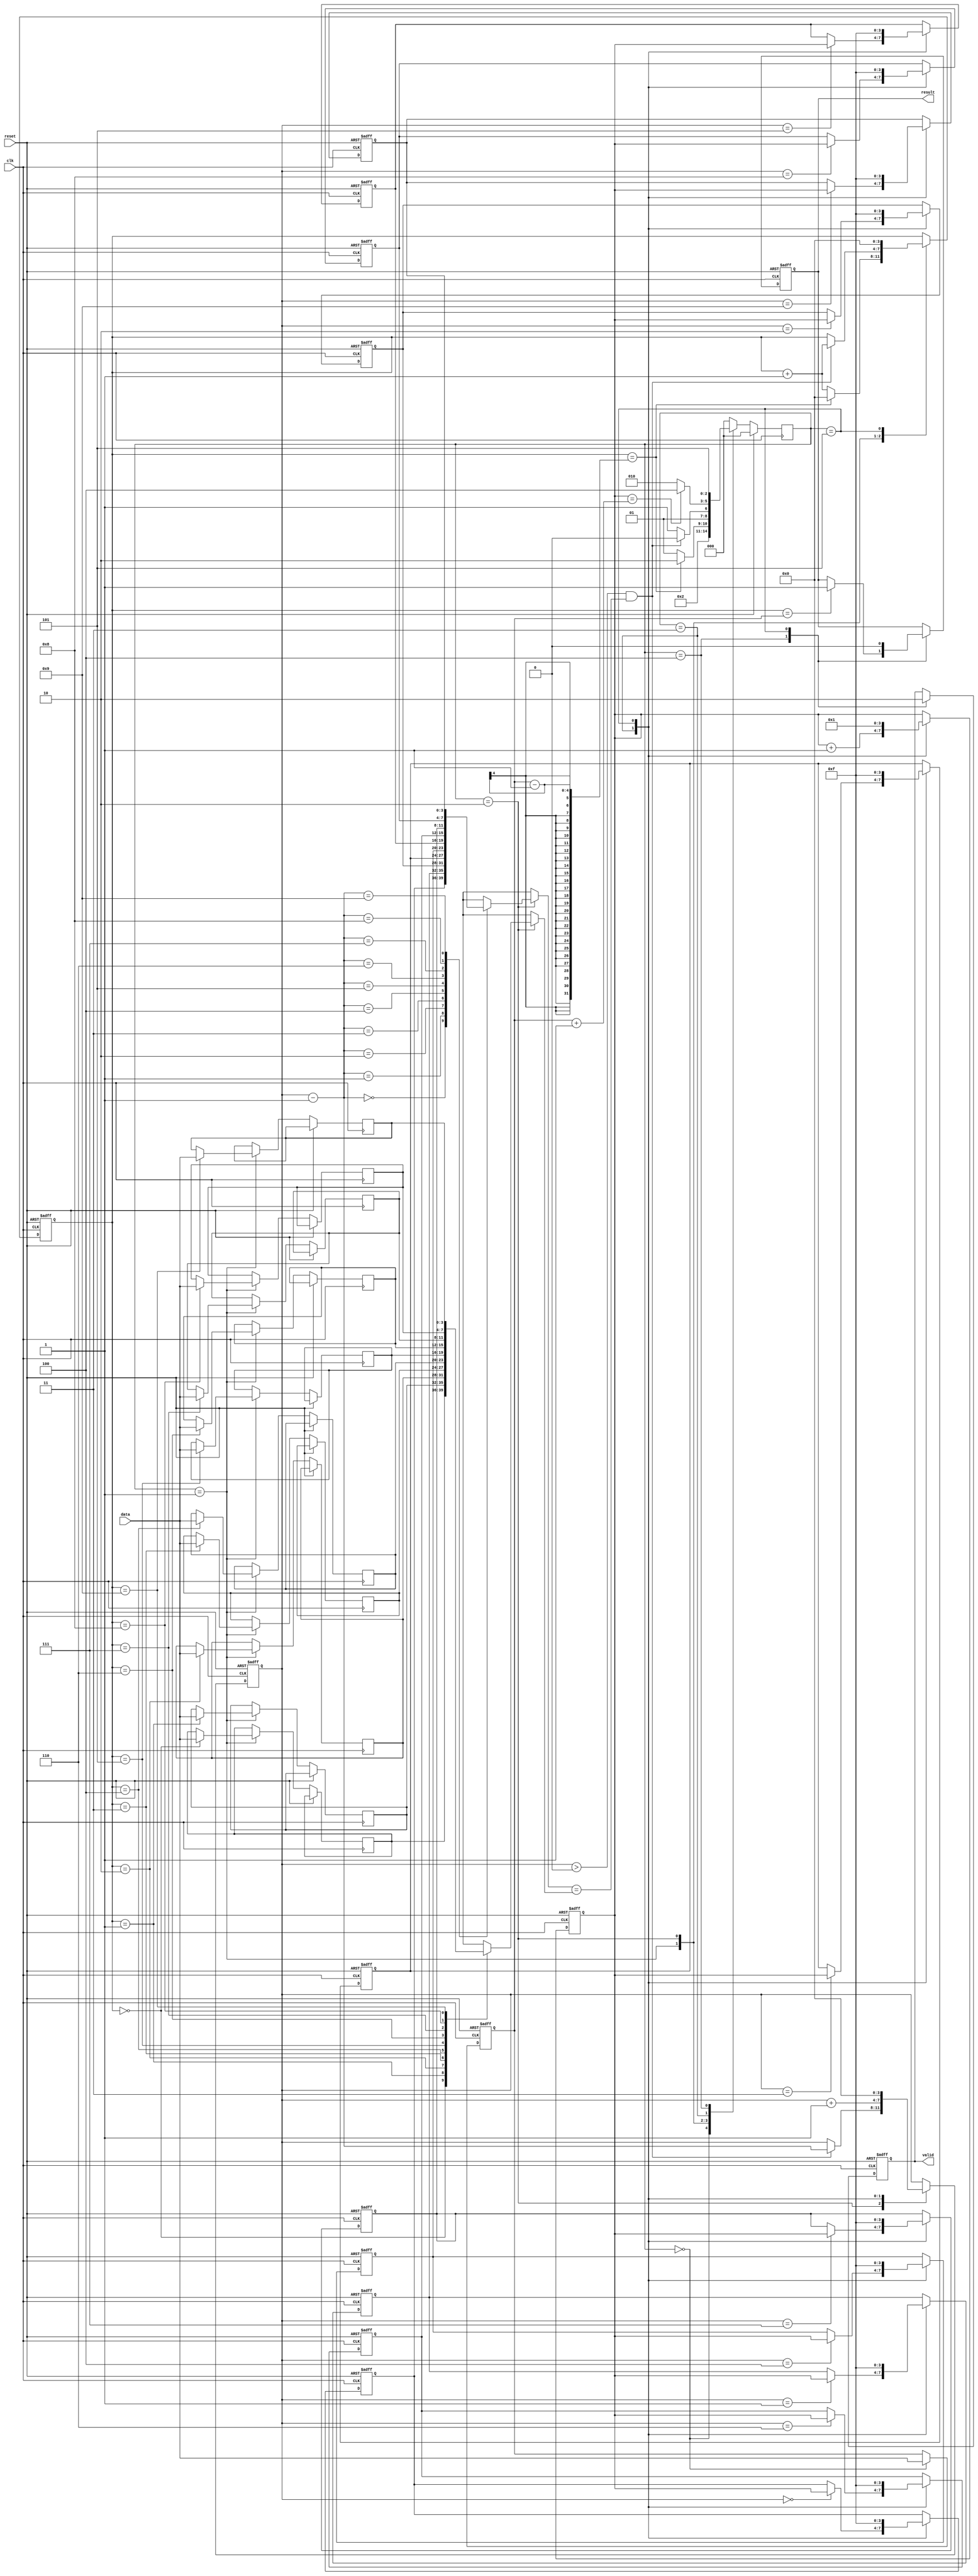
module rails(clk, reset, data, valid, result);

input        clk;
input        reset;
input  [3:0] data;
output       valid;
output       result; 

localparam NUMBER_IN = 3'd0;
localparam DATA_IN = 3'd1;
localparam STATION_POP = 3'd2;
localparam STATION_PUSH = 3'd3;
localparam OUT = 3'd4;
localparam WAIT = 3'd5;

reg result, valid;
reg [2:0] state, nextState;
reg [3:0] num;
reg [3:0] index, station_index, sequence_index;
reg [3:0] station [0:9];//station stack
reg [3:0] order [0:9];//input order

wire [3:0] station_index_minus_one = station_index - 4'd1;

integer i;

always @(*) begin
    case(state)
        NUMBER_IN:begin
            nextState = DATA_IN;
        end
        DATA_IN:begin
            if(index == num - 1) nextState = STATION_POP;
            else nextState = DATA_IN;
        end
        STATION_POP:begin
            if((station_index > 4'd0) && (station[station_index_minus_one] == order[index])) nextState = STATION_POP;
            else nextState = STATION_PUSH;
        end
        STATION_PUSH:begin
            if(sequence_index == num + 1) nextState = OUT;
            else nextState = STATION_POP;
        end
        OUT:begin
            nextState = WAIT;
        end
        default:begin
            nextState = NUMBER_IN;
        end
    endcase
end

always @(posedge clk) begin
    if(reset) state <= NUMBER_IN;
    else state <= nextState;
end

always @(posedge clk or posedge reset) begin
    if(reset)begin
        for(i = 0; i < 10; i = i + 1) station[i] <= 4'b1111;
        valid <= 1'b0;
        result <= 1'b0;
        num <= 4'd0;
        index <= 4'd0;
        station_index <= 4'd0;
        sequence_index <= 4'd1;
    end
    else begin
        case(state)
            NUMBER_IN:begin//read number
                num <= data;
            end
            DATA_IN:begin//read data
                order[index] <= data;
                if(index == num - 1) index <= 4'd0;
                else index <= index + 1;
            end
            STATION_POP:begin//compare top with order
                if((station_index > 4'd0) && (station[station_index_minus_one] == order[index]))begin
                    index <= index + 1;
                    station_index <= station_index - 1;
                end
            end
            STATION_PUSH:begin//push data into stack
                station[station_index] <= sequence_index;
                station_index <= station_index + 1;
                sequence_index <= sequence_index + 1;
            end
            OUT:begin//output result
                valid <= 1;
                if(index == num) result <= 1;
            end
            WAIT:begin//reset register
                for(i = 0; i < 10; i = i + 1) station[i] <= 4'b1111;
                valid <= 0;
                result <= 0;
                index <= 0;
                station_index <= 4'd0;
                sequence_index <= 4'd1;
            end
        endcase
    end
end

endmodule